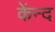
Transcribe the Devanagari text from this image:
केंन्द